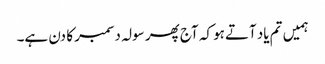
ہمیں تم یاد آتےہو کہ آج پھر سولہ دسمبر کا دن ہے۔